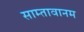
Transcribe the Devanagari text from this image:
साम्तावानम